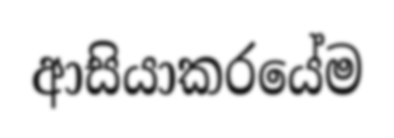
ආසියාකරයේම